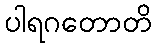
ပါရဂတောတိ